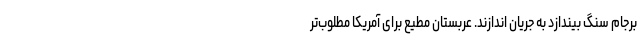
برجام سنگ بیندازد به جریان اندازند. عربستان مطیع برای آمریکا مطلوب‌تر